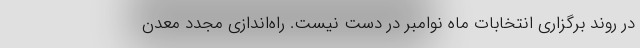
در روند برگزاری انتخابات ماه نوامبر در دست نیست. راه‌اندازی مجدد معدن